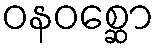
ဝနဝစ္ဆော